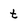
Character: t